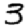
Digit: 3